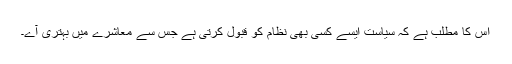
اس کا مطلب ہے کہ سیاست ایسے کسی بھی نظام کو قبول کرتی ہے جس سے معاشرے میں بہتری آے۔